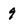
Character: 9